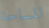
المساحة